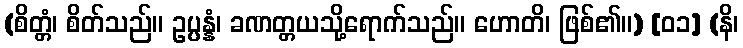
(စိတ္တံ၊ စိတ်သည်။ ဥပ္ပန္နံ၊ ခဏတ္တယသို့ရောက်သည်။ ဟောတိ၊ ဖြစ်၏။) [၀၁] (နိ၊